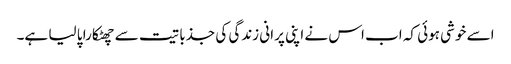
اسے خوشی ہوئی کہ اب اس نے اپنی پرانی زندگی کی جذباتیت سے چھٹکارا پا لیا ہے۔